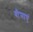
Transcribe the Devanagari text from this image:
बीमाएं